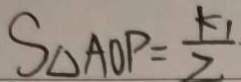
S _ { \Delta } A O P = \frac { k _ { 1 } } { 2 }